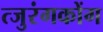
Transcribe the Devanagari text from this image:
त्जुरंगकोंग